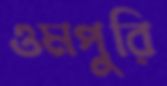
ওমপুরি